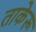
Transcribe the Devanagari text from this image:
ताकेरू